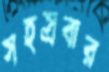
সহস্রবার